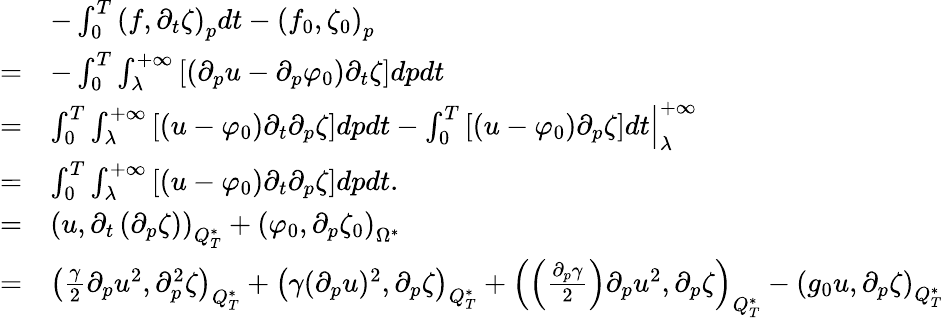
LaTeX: \begin{array}{rl}&{-\int_{0}^{T}\left(f,\partial_{t}\zeta\right)_{p}dt-\left(f_{0},\zeta_{0}\right)_{p}}\\ {=}&{-\int_{0}^{T}\int_{\lambda}^{+\infty}\left[\left(\partial_{p}u-\partial_{p}\varphi_{0}\right)\partial_{t}\zeta\right]dpdt}\\ {=}&{\int_{0}^{T}\int_{\lambda}^{+\infty}\left[\left(u-\varphi_{0}\right)\partial_{t}\partial_{p}\zeta\right]dpdt-\left.\int_{0}^{T}\left[\left(u-\varphi_{0}\right)\partial_{p}\zeta\right]dt\right|_{\lambda}^{+\infty}}\\ {=}&{\int_{0}^{T}\int_{\lambda}^{+\infty}\left[\left(u-\varphi_{0}\right)\partial_{t}\partial_{p}\zeta\right]dpdt.}\\ {=}&{\left(u,\partial_{t}\left(\partial_{p}\zeta\right)\right)_{Q_{T}^{*}}+\left(\varphi_{0},\partial_{p}\zeta_{0}\right)_{\Omega^{*}}}\\ {=}&{\left(\frac{\gamma}{2}\partial_{p}u^{2},\partial_{p}^{2}\zeta\right)_{Q_{T}^{*}}+\left(\gamma(\partial_{p}u)^{2},\partial_{p}\zeta\right)_{Q_{T}^{*}}+\left(\left(\frac{\partial_{p}\gamma}{2}\right)\partial_{p}u^{2},\partial_{p}\zeta\right)_{Q_{T}^{*}}-\left(g_{0}u,\partial_{p}\zeta\right)_{Q_{T}^{*}}}\end{array}